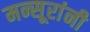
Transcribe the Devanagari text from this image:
मन्सूरांनी